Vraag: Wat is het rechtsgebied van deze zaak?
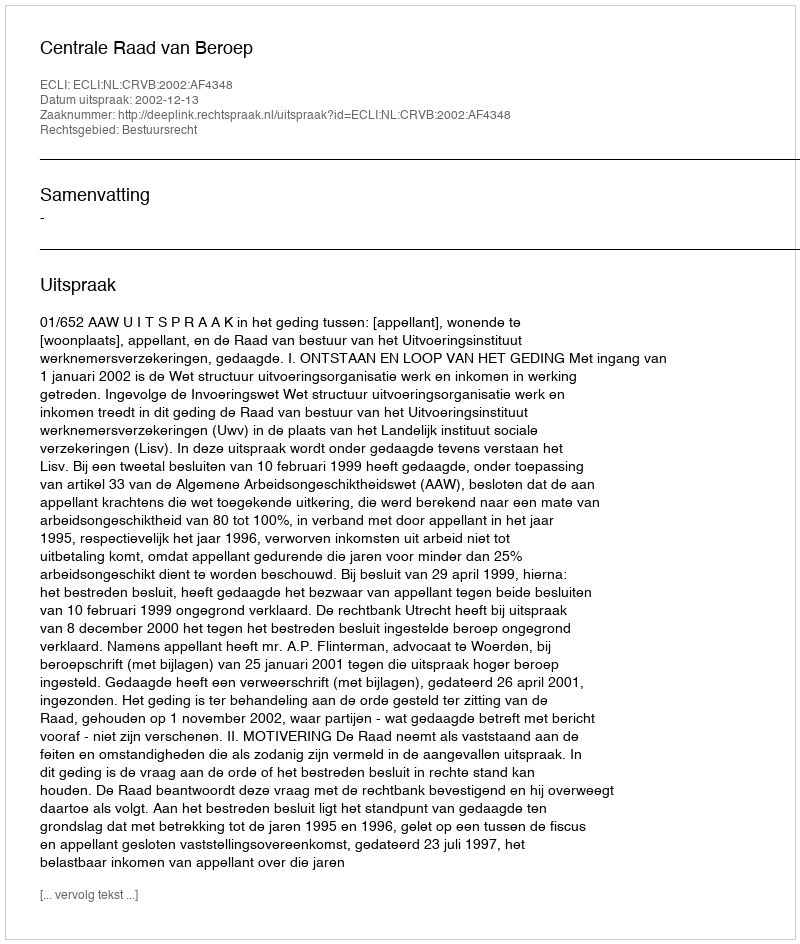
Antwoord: Bestuursrecht